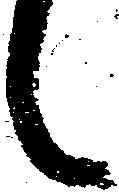
々